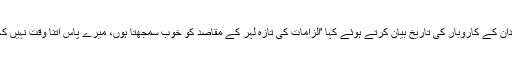
اپنے خطاب کے آغاز میں وزیراعظم نے اپنے خاندان کے کاروبار کی تاریخ بیان کرتے ہوئے کہا 'الزامات کی تازہ لہر کے مقاصد کو خوب سمجھتا ہوں، میرے پاس اتنا وقت نہیں کہ ہر روز الزامات عائد کرنے والوں کو جواب دوں'۔